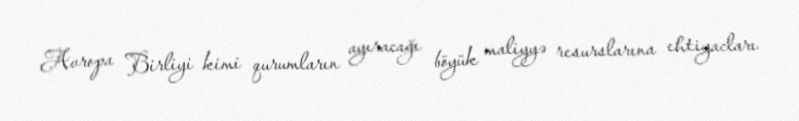
Avropa Birliyi kimi qurumların ayıracağı böyük maliyyə resurslarına ehtiyacları